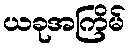
ယခုအကြိမ်